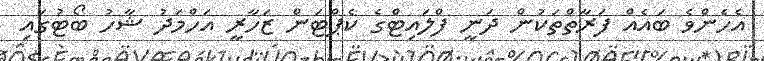
އެހެންވެ ބައެއް ފަރާތްތަކުން ދަނީ ފްލައިޓްގެ ކެޕްޓަން ޒަހާރީ އަހްމަދު ޝާހު ބޯޓުގައި